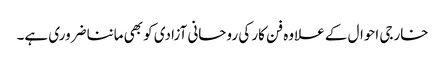
خارجی احوال کے علاوہ فن کار کی روحانی آزادی کو بھی ماننا ضروری ہے۔